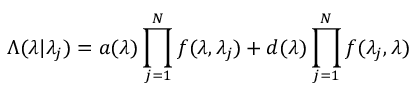
\Lambda ( \lambda | { \lambda _ { j } } ) = a ( \lambda ) \prod _ { j = 1 } ^ { N } f ( \lambda , \lambda _ { j } ) + d ( \lambda ) \prod _ { j = 1 } ^ { N } f ( \lambda _ { j } , \lambda )